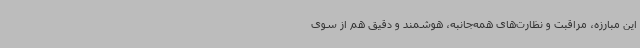
این مبارزه، مراقبت و نظارت‌های همه‌جانبه، هوشمند و دقیق هم از سوی